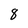
Character: 8